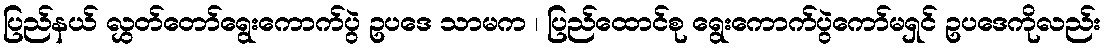
ပြည်နယ် လွှတ်တော်ရွေးကောက်ပွဲ ဥပဒေ သာမက ၊ ပြည်ထောင်စု ရွေးကောက်ပွဲကော်မရှင် ဥပဒေကိုလည်း